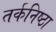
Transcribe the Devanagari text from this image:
तर्कनिष्ठा